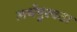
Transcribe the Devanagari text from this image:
अर्थपुरवठा